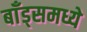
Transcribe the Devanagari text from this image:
बाँड्समध्ये